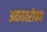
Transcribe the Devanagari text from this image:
अवयवरोपण